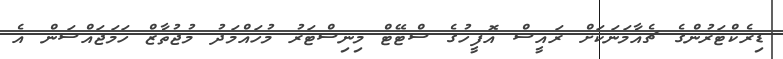
ޑިރެކްޓަރުންގެ ޗެއާމަނަކަށް ރައީސް އޮފީހުގެ ސްޓޭޓް މިނިސްޓަރު މުހައްމަދު މުޖުތާޒް ހަމަޖައްސަން އެ